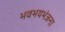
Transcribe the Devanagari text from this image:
भवभयभंजना